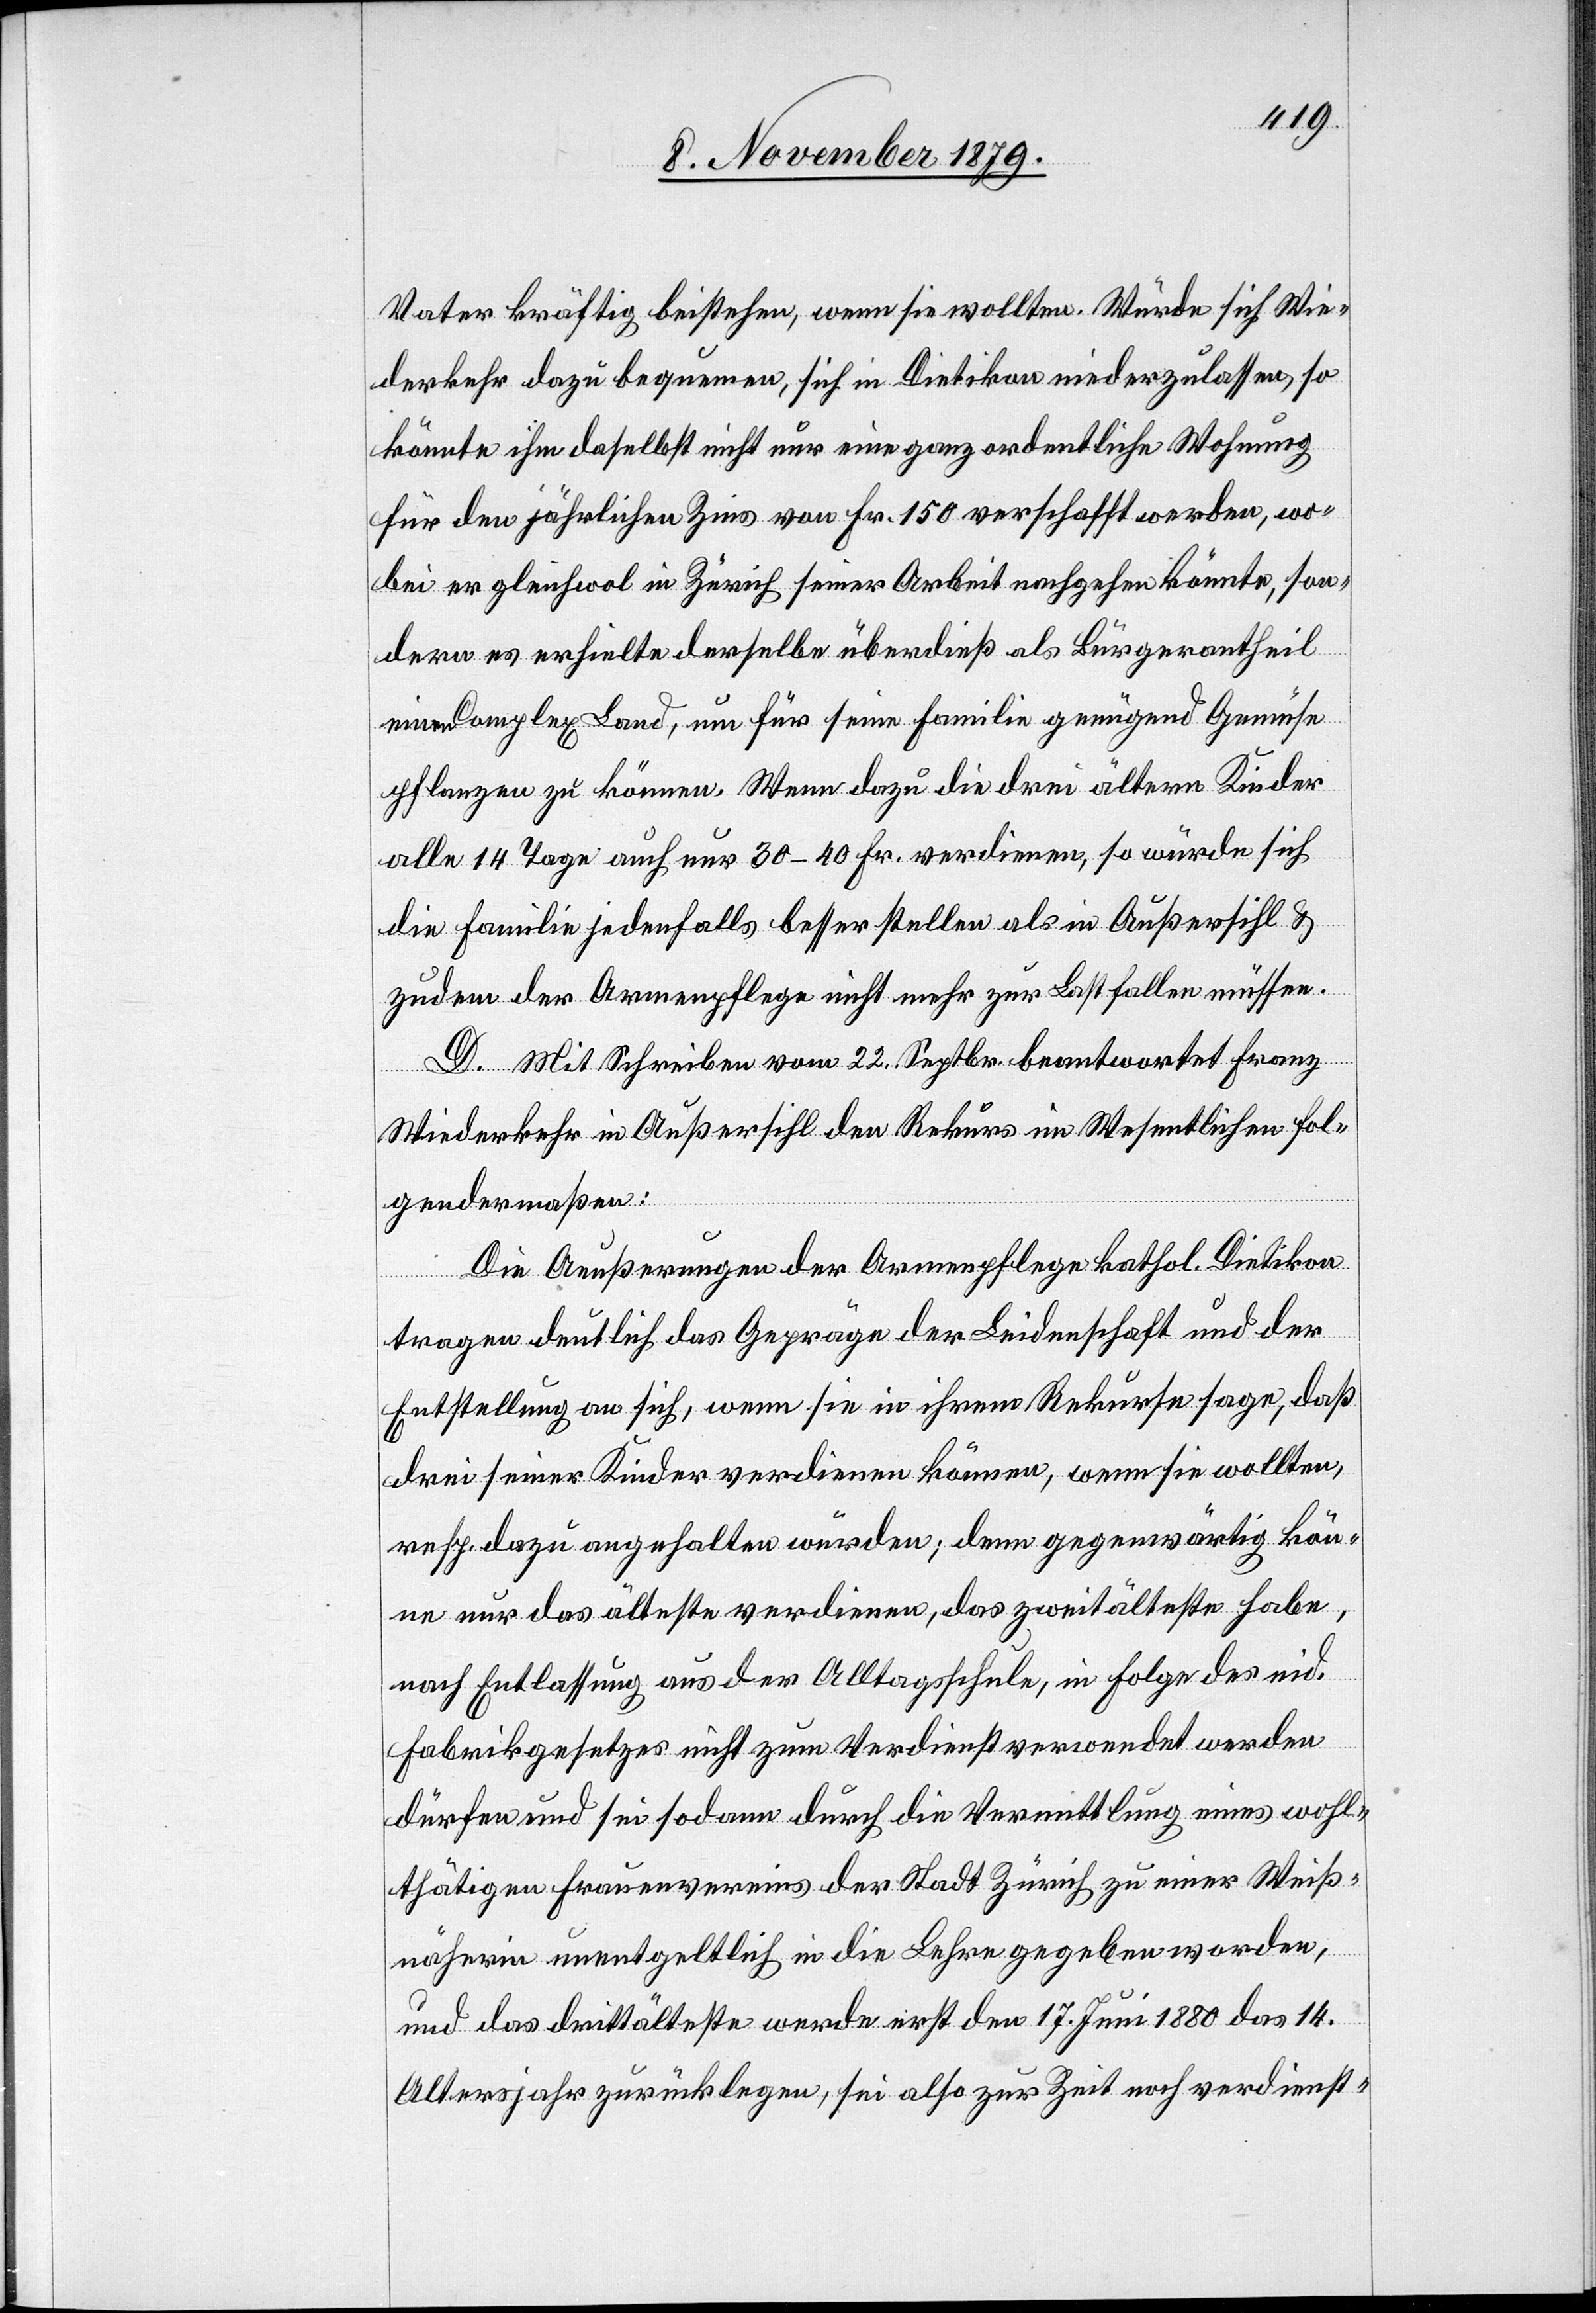
Vater kräftig beistehen, wenn sie wollten. Würde sich Wie¬
derkehr dazu bequemen, sich in Dietikon niederzulassen, so
könnte ihm daselbst nicht nur eine ganz ordentliche Wohnung
für den jährlichen Zins von Fr. 150 verschafft werden, wo¬
bei er gleichwol in Zürich seiner Arbeit nachgehen könnte, son¬
dern es erhielte derselbe überdieß als Bürgerantheil
einen Complex Land, um für seine Familie genügend Gemüse
pflanzen zu können. Wenn dazu die drei ältern Kinder
alle 14 Tage auch nur 30–40 Fr. verdienen, so würde sich
die Familie jedenfalls besser stellen als in Außersihl &
zudem der Armenpflege nicht mehr zur Last fallen müssen.
D. Mit Schreiben vom 23. Septbr. beantwortet Franz
Wiederkehr in Außersihl den Rekurs im Wesentlichen fol¬
gendermaßen:
Die Aeußerungen der Armenpflege kathol. Dietikon
tragen deutlich das Gepräge der Leidenschaft und der
Entstellung an sich, wenn sie in ihrem Rekurse sage, daß
drei seiner Kinder verdienen können, wenn sie wollten,
resp. dazu angehalten würden; denn gegenwärtig kön¬
ne nur das älteste verdienen, das zweitälteste habe
nach Entlassung aus der Alltagsschule, in Folge des eid.
Fabrikgesetzes nicht zum Verdienst verwendet werden
dürfen und sei sodann durch die Vermittlung eines wohl¬
tätigen Frauenvereins der Stadt Zürich zu einer Weiß¬
näherin unentgeltlich in die Lehre gegeben worden,
und das drittälteste werde erst den 17. Juni 1880 das 14.
Altersjahr zurücklegen, sei also zur Zeit noch verdienst-